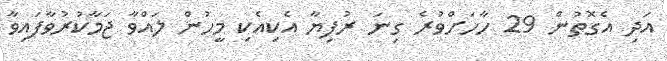
އަދި އެގޮތުން 29 ހާހަށްވުރެ ގިނަ ރުފިޔާ އެކިއެކި މީހުން ލައްވާ ޖަމާކުރުވާފައިވާ